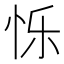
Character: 𮲃